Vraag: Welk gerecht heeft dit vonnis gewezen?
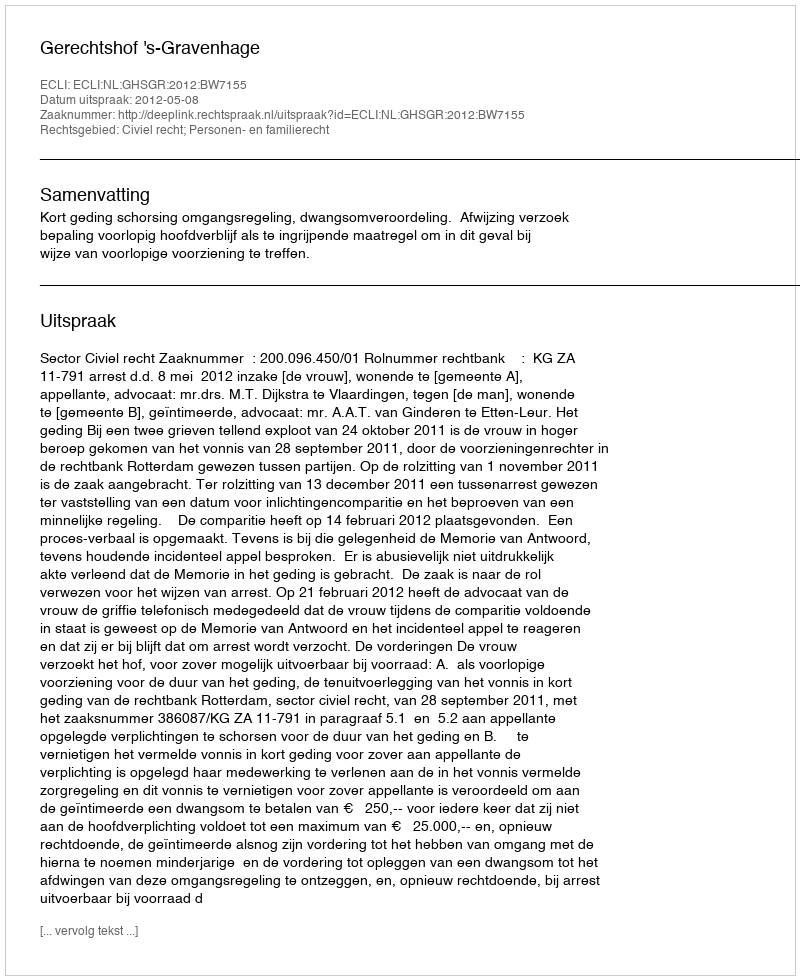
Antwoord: Gerechtshof 's-Gravenhage